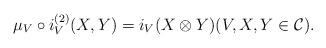
LaTeX: \begin{align*} \mu_V \circ i_V^{(2)}(X, Y) = i_V(X \otimes Y) (V, X, Y \in \mathcal{C}).\end{align*}